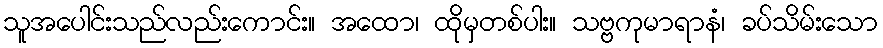
သူအပေါင်းသည်လည်းကောင်း။ အထော၊ ထိုမှတစ်ပါး။ သဗ္ဗကုမာရာနံ၊ ခပ်သိမ်းသော